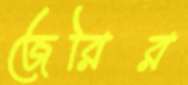
জেরির